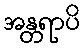
အန္တရာပိ